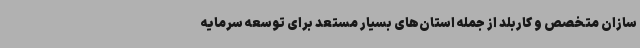
سازان متخصص و کاربلد از جمله استان‌های بسیار مستعد برای توسعه سرمایه